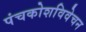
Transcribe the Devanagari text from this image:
पंचकोशविवेचन